Scottish Certificate of Education, 1962
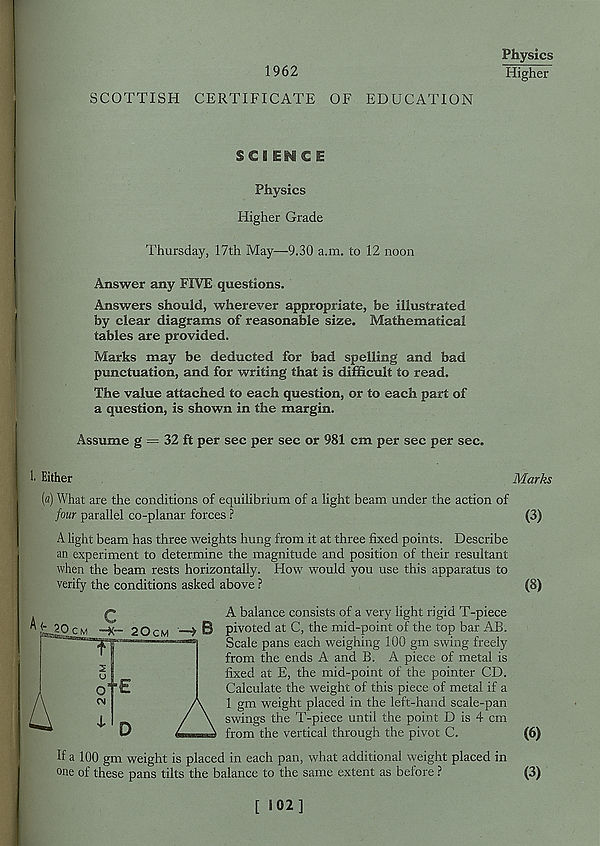
1962
Physics
Higher
SCOTTISH CERTIFICATE OF EDUCATION
SCIENCE
Physics
Higher Grade
Thursday, 17th May—9.30 a.m. to 12 noon
Answer any FIVE questions.
Answers should, wherever appropriate, be illustrated
by clear diagrams of reasonable size. Mathematical
tables are provided.
Marks may be deducted for bad spelling and bad
punctuation, and for writing that is difficult to read.
The value attached to each question, or to each part of
a question, is shown in the margin.
Assume g = 32 ft per sec per sec or 981 cm per sec per sec.
1. Either
(fl) What are the conditions of equilibrium of a light beam under the action of
four parallel co-planar forces ?
A light beam has three weights hung from it at three fixed points. Describe
an experiment to determine the magnitude and position of their resultant
when the beam rests horizontally. How would you use this apparatus to
verify the conditions asked above ?
A balance consists of a very light rigid T-piece
pivoted at C, the mid-point of the top bar AB.
Scale pans each weighing 100 gm swing freely
from the ends A and B. A piece of metal is
fixed at E, the mid-point of the pointer CD.
Calculate the weight of this piece of metal if a
1 gm weight placed in the left-hand scale-pan
swings the T-piece until the point D is 4 cm
from the vertical through the pivot C.
If a 100 gm weight is placed in each pan, what additional weight placed in
one of these pans tilts the balance to the same extent as before ?
Marks
(3)
(8)
(6)
(3)
[ 102]